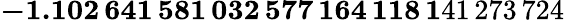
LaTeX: \mathbf{-1.102\, 641\, 581\, 032\, 577\, 164\, 118\, 1}41\, 273\, 724